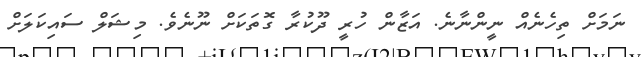
ނަމަށް ތިހެނެއް ނީންނާނެ. އަޒާން ހުރީ ދޫކުރާ ގޮތަކަށް ނޫނެވެ. މިޝަލް ސައިކަލަށް